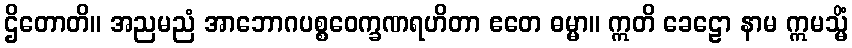
ဌိတောတိ။ အညမညံ အာဘောဂပစ္စဝေက္ခဏရဟိတာ ဧတေ ဓမ္မာ။ ဣတိ ခေဠော နာမ ဣမသ္မိံ